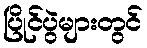
ပြိုင်ပွဲများတွင်